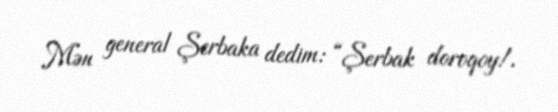
Mən general Şerbaka dedim: “Şerbak doroqoy!.